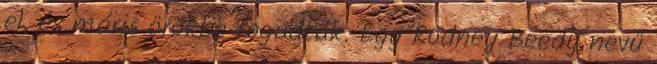
el, és máris örökbe fogadták. Egy Rodney Beedy nevű